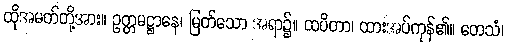
ထိုအမတ်တို့အား။ ဥတ္တမဋ္ဌာနေ၊ မြတ်သော အရာ၌။ ထပိတာ၊ ထားအပ်ကုန်၏။ တေသံ၊